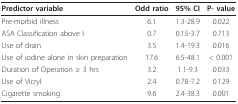
<table><thead><tr><td><b>Predictor variable</b></td><td><b>Odd ratio</b></td><td><b>95% CI</b></td><td><b>P- value</b></td></tr></thead><tbody><tr><td>Pre-morbid illness</td><td>6.1</td><td>1.3-28.9</td><td>0.022</td></tr><tr><td>ASA Classification above I</td><td>0.7</td><td>0.15-3.7</td><td>0.713</td></tr><tr><td>Use of drain</td><td>3.5</td><td>1.4-19.3</td><td>0.016</td></tr><tr><td>Use of iodine alone in skin preparation</td><td>17.6</td><td>6.5-48.1</td><td>&lt; 0.001</td></tr><tr><td>Duration of Operation ≥ 3 hrs</td><td>3.2</td><td>1.1-9.3</td><td>0.033</td></tr><tr><td>Use of Vicryl</td><td>2.4</td><td>0.78-7.2</td><td>0.129</td></tr><tr><td>Cigarette smoking</td><td>9.6</td><td>2.4-38.3</td><td>0.001</td></tr></tbody></table>